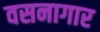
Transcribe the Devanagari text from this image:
वसनागार